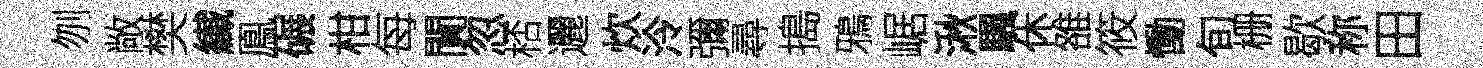
刎敞樊纎鳯碾柑每閴忽桮邐炊泠彌尋搗鴉崌湫颿休雒筱慟旬栅歇称田